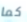
كما